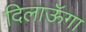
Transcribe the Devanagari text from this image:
दिलाऊॅगा